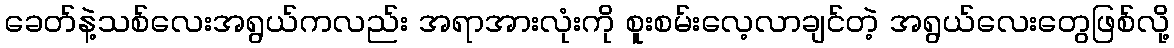
ခေတ်နဲ့သစ်လေးအရွယ်ကလည်း အရာအားလုံးကို စူးစမ်းလေ့လာချင်တဲ့ အရွယ်လေးတွေဖြစ်လို့